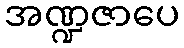
အဏ္ဍဇာပေ